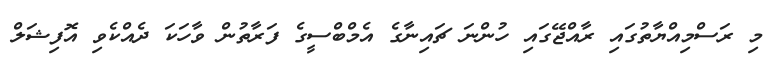
މި ރަސްމިއްޔާތުގައި ރާއްޖޭގައި ހުންނަ ޗައިނާގެ އެމްބްސީގެ ފަރާތުން ވާހަކަ ދެއްކެވި އޮފިޝަލް